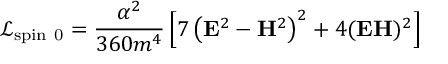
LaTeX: \mathcal { L } _ { \mathrm { s p i n ~ 0 } } = \frac { \alpha ^ { 2 } } { 3 6 0 m ^ { 4 } } \left[ 7 \left( \mathbf { E } ^ { 2 } - \mathbf { H } ^ { 2 } \right) ^ { 2 } + 4 ( \mathbf { E H } ) ^ { 2 } \right]